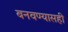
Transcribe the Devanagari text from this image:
बनवण्यासही